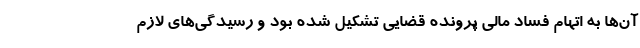
آن‌ها به اتهام فساد مالی پرونده قضایی تشکیل شده بود و رسیدگی‌های لازم